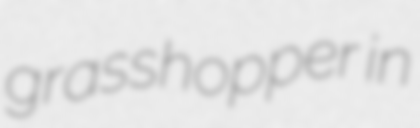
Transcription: grasshopper in